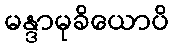
မန္ဒာမုခိယောပိ